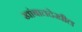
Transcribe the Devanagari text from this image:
खांबातदेखील